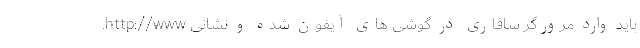
باید وارد مرورگر سافاری در گوشی های آیفون شده و نشانی http://www.